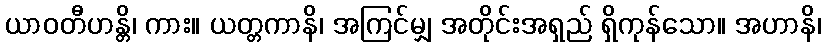
ယာဝတီဟန္တိ၊ ကား။ ယတ္တကာနိ၊ အကြင်မျှ အတိုင်းအရှည် ရှိကုန်သော။ အဟာနိ၊